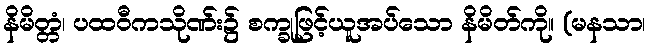
နိမိတ္တံ၊ ပထဝီကသိုဏ်း၌ စက္ခုဖြင့်ယူအပ်သော နိမိတ်ကို။ (မနသာ၊